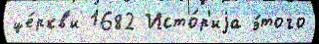
це́ркв'и 1682 Исто́р'иjа э́того